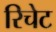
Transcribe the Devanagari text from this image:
रिचेट